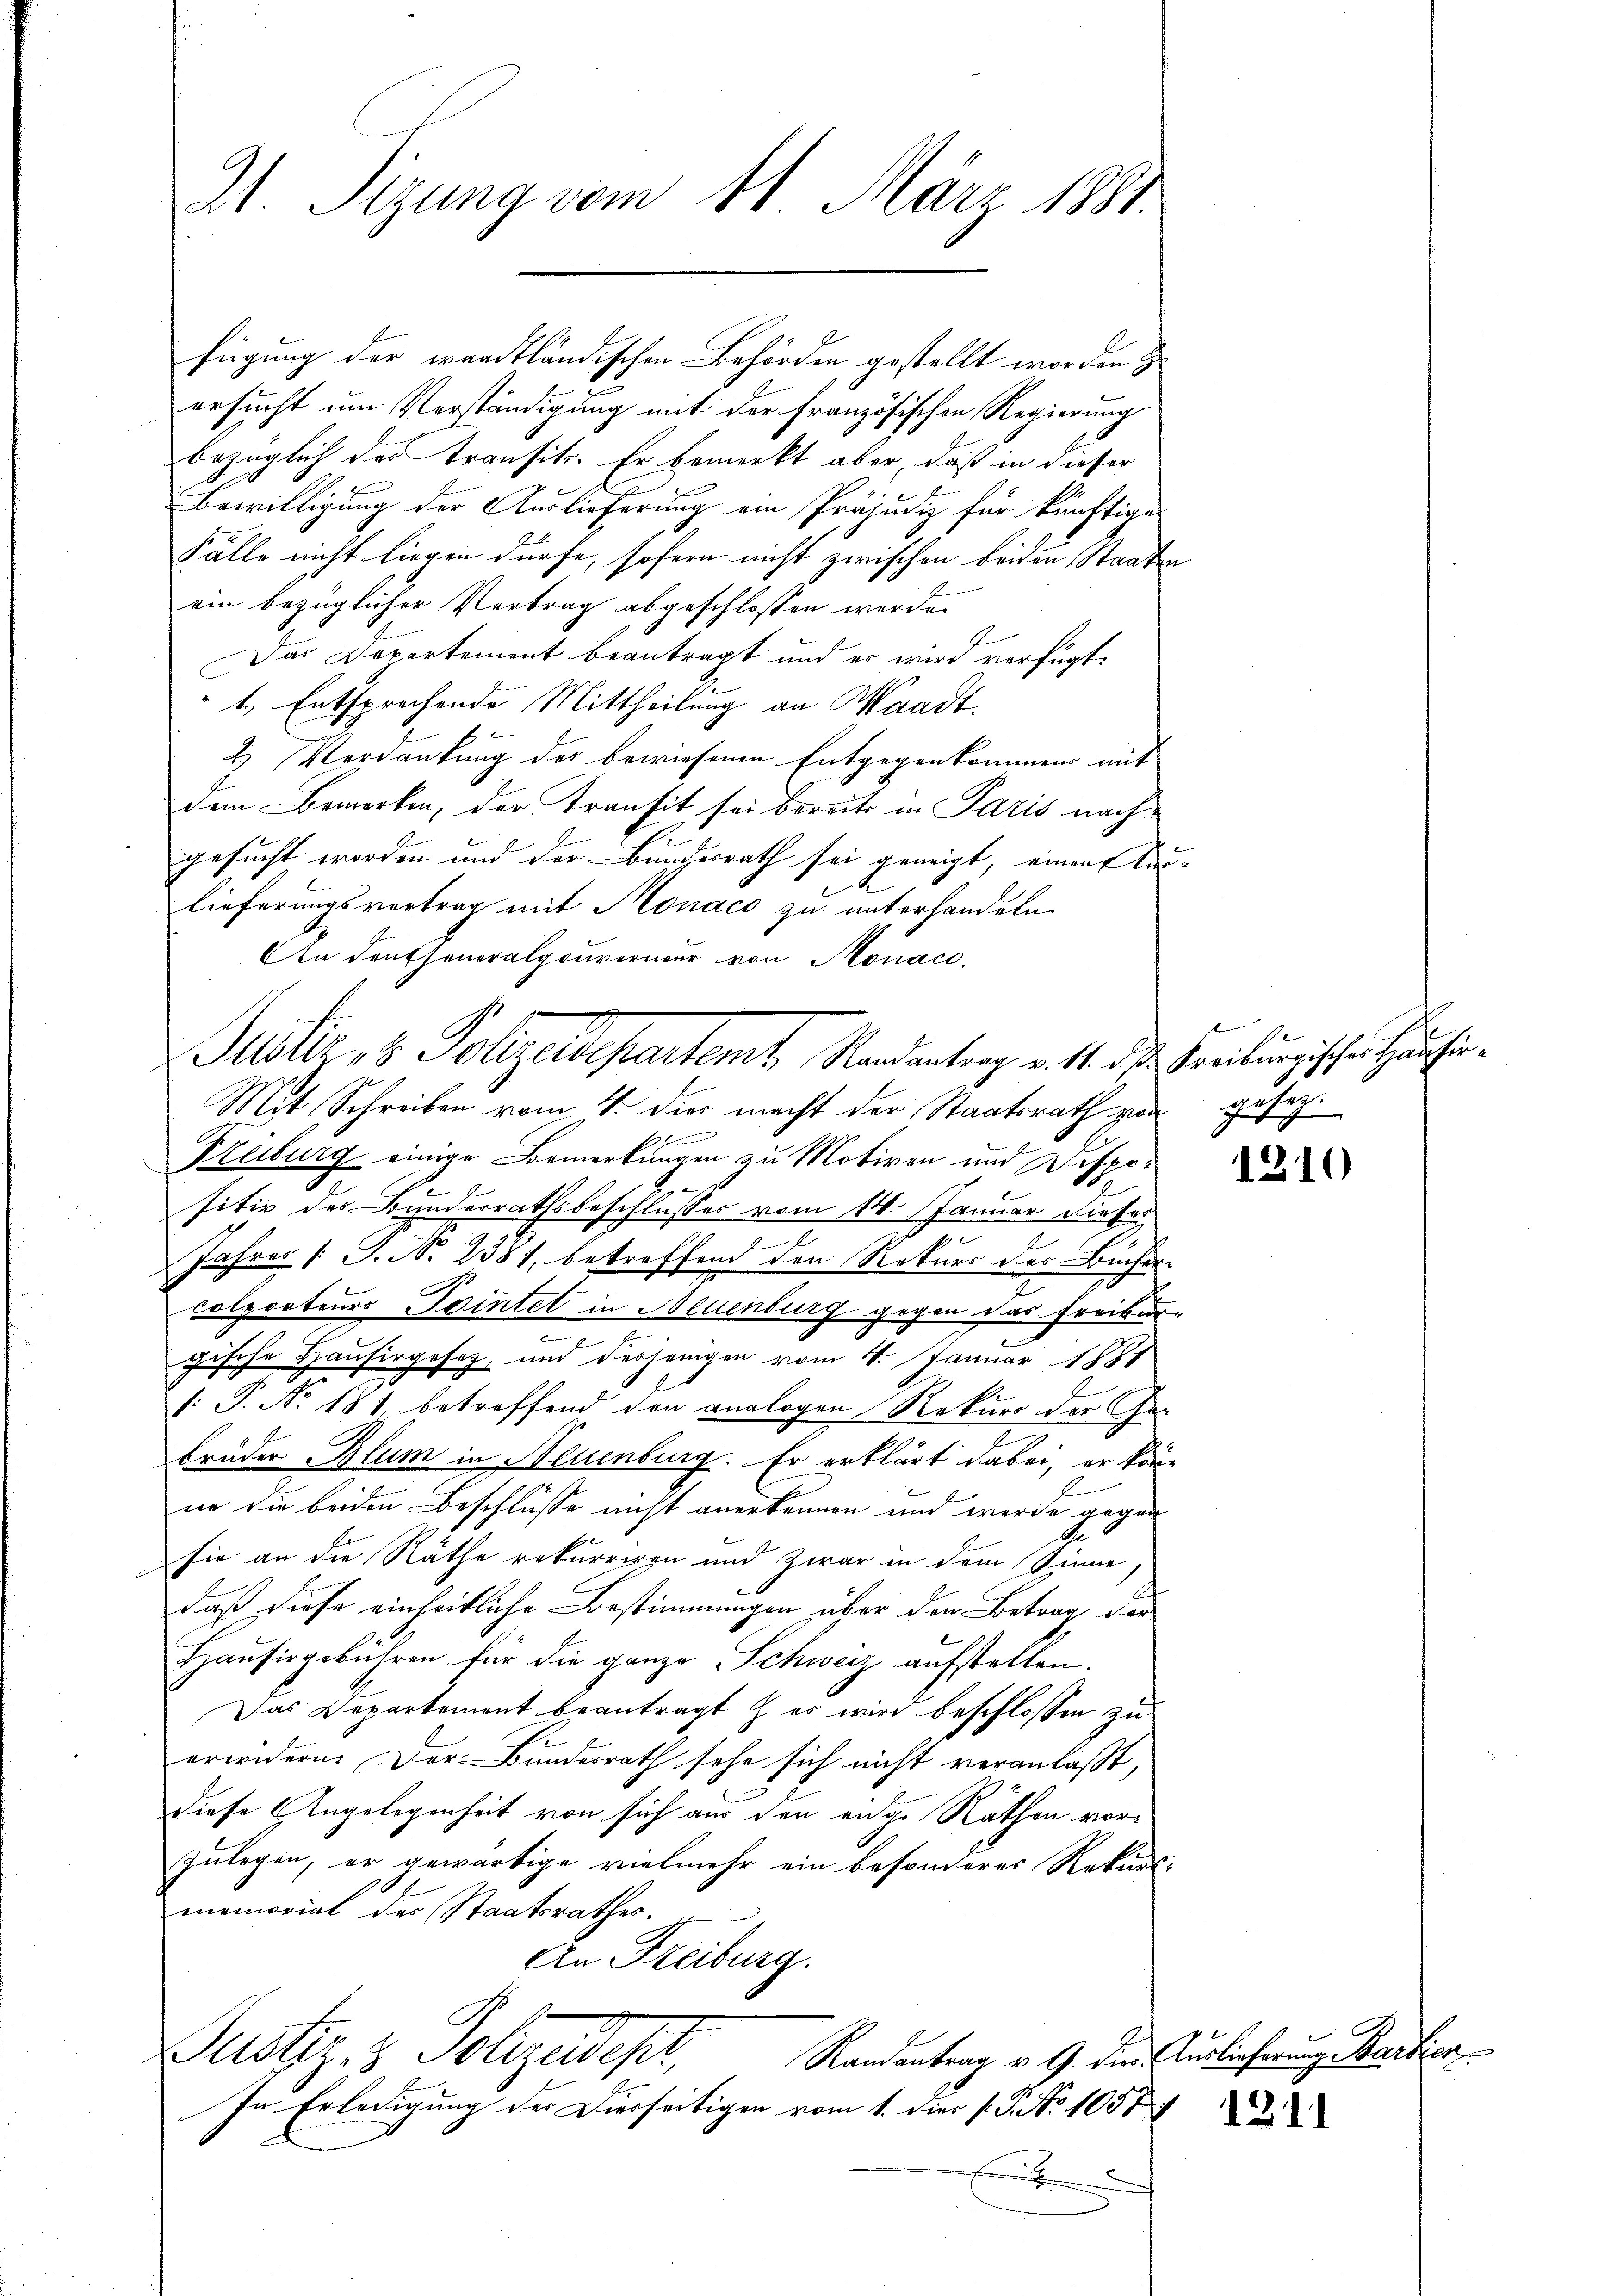
fügung der wardtländischen Behörden gestellt worden z
ersucht um Verständigung mit der Französischen Regierung
bezüglich des Transits. Er bemerkt aber, daß in dieser
Bewilligung der Auslieferung ein Präjudiz für künftige
Fälle nicht liegen dürfe, sofern nicht zwischen beiden Staatsein bezüglicher Vertrag abgeschlossen werde.
2.
Das Departement beantragt und er wird verfügt:
1., Entsprechende Mittheilung an Waadt.
2 Verdankung des bewiesenen Entgegenkommen mit
dem Bemerken, der Transit sei bereits in Paris nachgesucht worden und der Bundesrath sei geneigt, einen Kas
lieferungsvertrag mit Monaco zu unterhandeln.
An desseneralgouverneur von Monac
Mit Schreiben vom 4. Die macht der Staatsrath von gesez¬
Treiburg einige Bemerkungen zu Motiven und Dispo¬
1
sitiv des Bundesrathsbeschlusser vom 14. Januar dieser
e
Jahres (S. N. 2381, betreffend den Rekurs des Bücher-
A
Colporteurs Pointet in Neuenburg gegen das Freibur-
e
s
gische Hausirgesetz, und derjenigen vom 11. Januar 1881
: P. No. 181, betreffend den analogen Rekurs der Ge-
brüder Blum in Neuenburg. Er erklärt dabei, er kön-
ne die beiden Beschlusse nicht anerkennen und werde gegen
sie an die Räthe rekurriren und zwar in dem Sinne,
daß diese einheitliche Bestimmungen über den Betrag der
Haŭsirgebühren für die ganze Schweiz aufstellen.
Das Departement beantragt & es wird beschlossen zu
erwidern. Der Bundesrath sehe sich nicht veranlaßt,
diese Angelegenheit von sich aus den eidge Näthen vorzulegen, er gewärtige vielmehr ein besonderes Rekursi
memorial des Staatsrathes.
An Freiburg.

21. Sizung vom 11. März 1881.

Plöter, 3 Polizeidepartemt, Randentrag v. 14. die Freiburgischen Hause

Justiz- & Polizeides,

Randantrag v. G. die Auslieferung Barbier

In Erledigung der Dierseitigen vom 1. Der 1. P. Nr. 1057/
E

2

1210